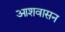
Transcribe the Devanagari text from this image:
आशवासन